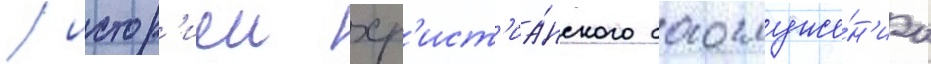
/ истор'иеи хр'ист'иа́нского богослуже́н'иа